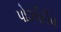
પોઝીટીવ